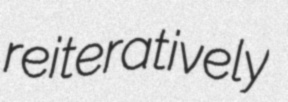
reiteratively